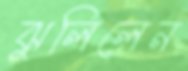
ঝুলিলেন